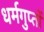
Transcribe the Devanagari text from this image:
धर्मगुप्तों